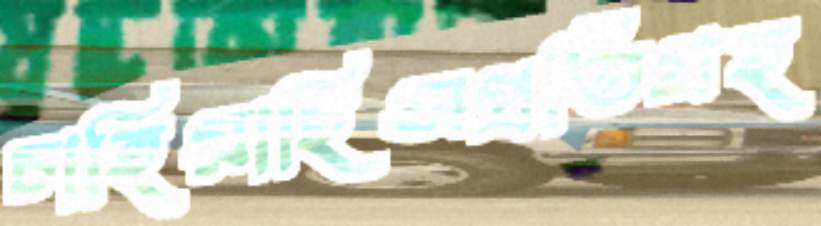
চাহিয়াছিসপ্রতিগ্রহ